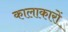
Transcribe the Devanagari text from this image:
कालाकारों